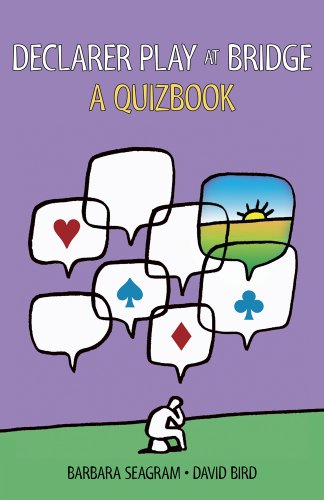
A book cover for Declarer Play at Bridge: A Quizbook; Barbara Seagram; Humor & Entertainment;